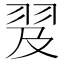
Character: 𦐅